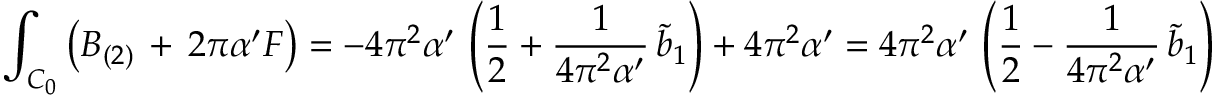
\int _ { { \cal C } _ { 0 } } \left( B _ { ( 2 ) } \, + \, 2 \pi \alpha ^ { \prime } { \cal F } \right) = - 4 \pi ^ { 2 } \alpha ^ { \prime } \, \left( \frac { 1 } { 2 } + \frac { 1 } { 4 \pi ^ { 2 } \alpha ^ { \prime } } \, \tilde { b } _ { 1 } \right) + 4 \pi ^ { 2 } \alpha ^ { \prime } = 4 \pi ^ { 2 } \alpha ^ { \prime } \, \left( \frac { 1 } { 2 } - \frac { 1 } { 4 \pi ^ { 2 } \alpha ^ { \prime } } \, \tilde { b } _ { 1 } \right)